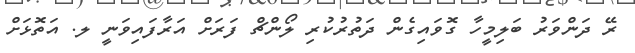
ރޭ ދަންވަރު ބަލިމީހާ ގޮވައިގެން ދަތުރުކުރި ލޯންޗް ފަރަށް އަރާފައިވަނީ ލ. އަތޮޅަށް